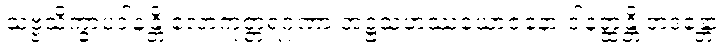
သဗ္ဗသိက္ခာပဒါနန္တိ လောကုတ္တရဂုဏာ အဋ္ဌသဟဿယောဇနော ဒါနတ္ထန္တိ တဒန္တော